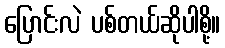
ပြောင်းလဲ ပစ်တယ်ဆိုပါစို့။